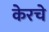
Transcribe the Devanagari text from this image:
केरचे